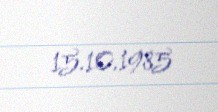
15.10.1985